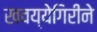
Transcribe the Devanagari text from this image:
खवय्येगिरीने